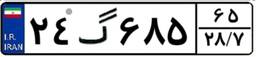
۲۴گ۶۸۵۶۵